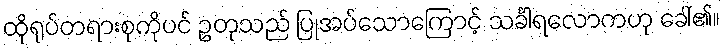
ထိုရုပ်တရားစုကိုပင် ဥတုသည် ပြုအပ်သောကြောင့် သင်္ခါရလောကဟု ခေါ်၏။